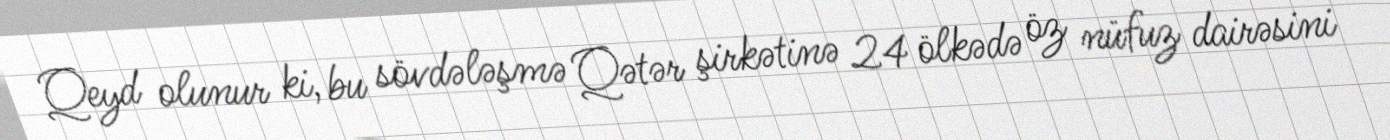
Qeyd olunur ki, bu sövdələşmə Qətər şirkətinə 24 ölkədə öz nüfuz dairəsini